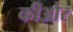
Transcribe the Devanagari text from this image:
कीऔर